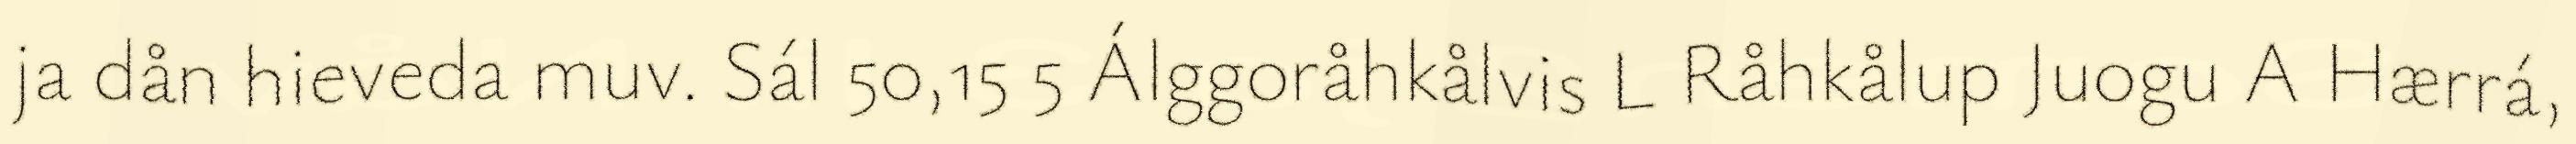
ja dån hieveda muv. Sál 50,15 5 Álggoråhkålvis L Råhkålup Juogu A Hærrá,